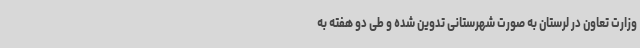
وزارت تعاون در لرستان به صورت شهرستانی تدوین شده و طی دو هفته به